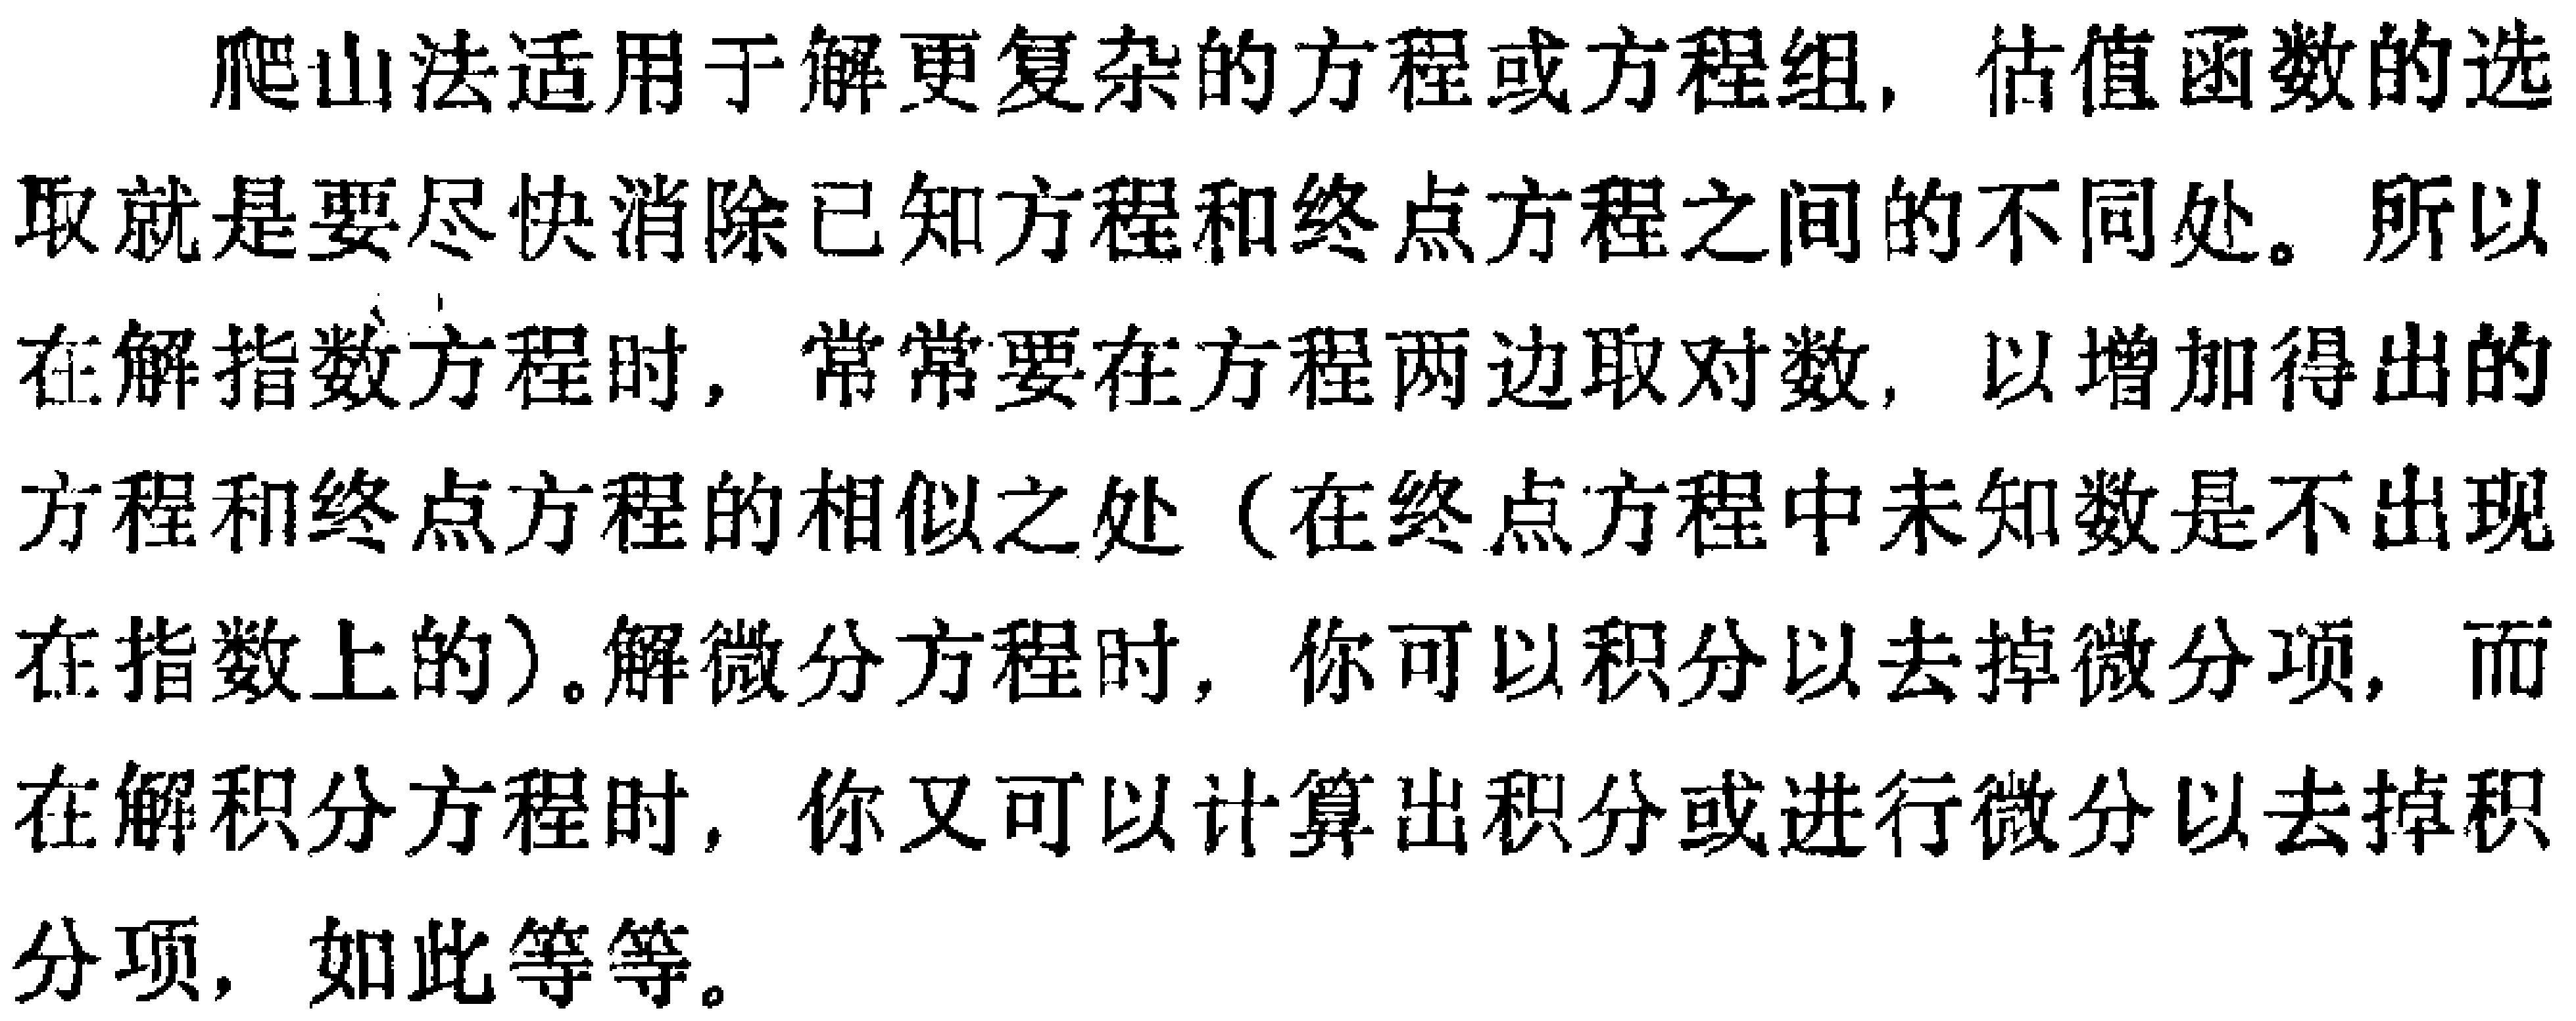
爬山法适用于解更复杂的方程或方程组, 估值函数的选取就是要尽快消除已知方程和终点方程之间的不同处。所以在解指数方程时, 常常要在方程两边取对数, 以增加得出的方程和终点方程的相似之处（在终点方程中未知数是不出现在指数上的）。解微分方程时, 你可以积分以去掉微分项, 而在解积分方程时, 你又可以计算出积分或进行微分以去掉积分项, 如此等等。